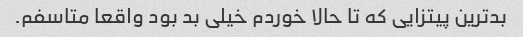
بد‌ترین پیتزایی که تا حالا خوردم خیلی بد بود واقعا متاسفم.